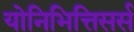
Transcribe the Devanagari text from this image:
योनिभित्तिसर्स